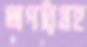
অপরিগ্রহ